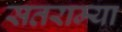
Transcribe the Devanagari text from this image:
सतराम्या